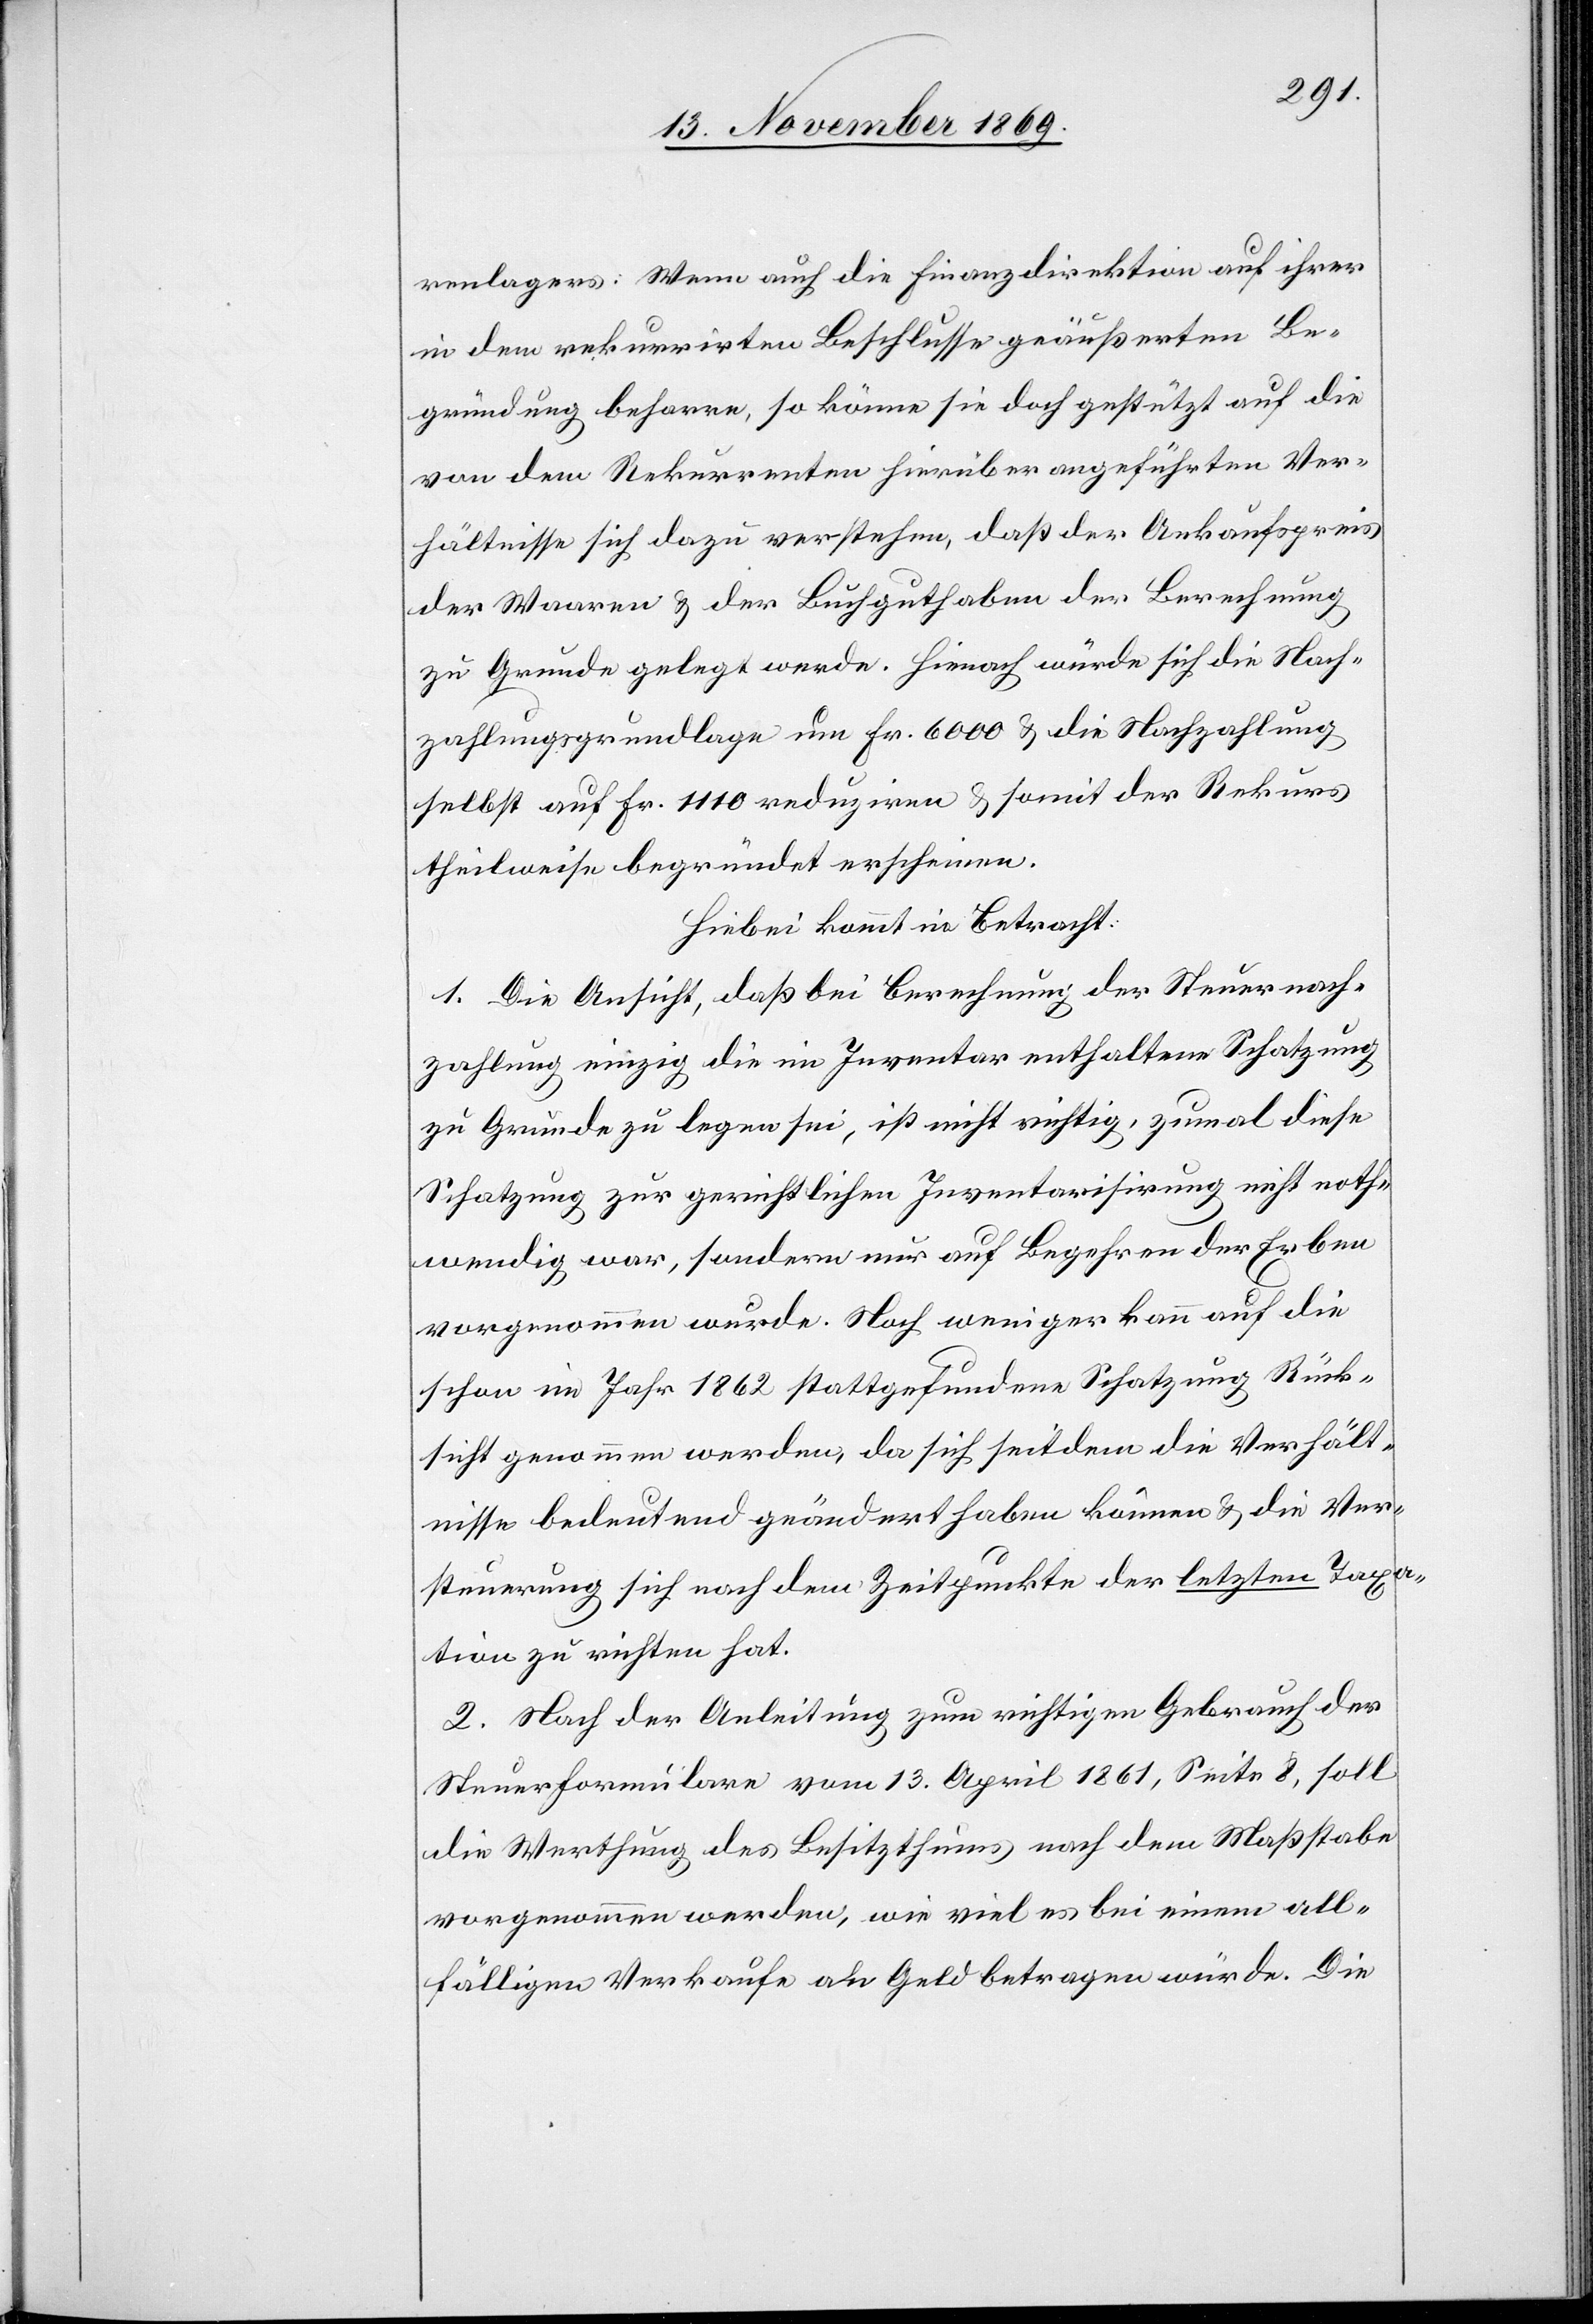
renlagers: Wenn auch die Finanzdirektion auf ihrer
in dem rekurrirten Beschlusse geäußerten Be¬
gründung beharre, so könne sie doch gestützt auf die
von dem Rekurrenten hierüber angeführten Ver¬
hältnisse sich dazu verstehen, daß der Ankaufspreis
der Waaren & der Buchguthaben der Berechnung
zu Grunde gelegt werde. Hienach würde sich die Nach¬
zahlungsgrundlage um Fr. 6000 & die Nachzahlung
selbst auf Fr. 1110 reduziren & somit der Rekurs
theilweise begründet erscheinen.
Hiebei kommt in Betracht:
1. Die Ansicht, daß bei Berechnung der Steuernach¬
zahlung einzig die im Inventar enthaltene Schatzung
zu Grunde zu legen sei, ist nicht richtig, zumal diese
Schatzung zur gerichtlichen Inventarisirung nicht noth¬
wendig war, sondern nur auf Begehren der Erben
vorgenommen wurde. Noch weniger kann auf die
schon im Jahr 1862 stattgefundene Schatzung Rück¬
sicht genommen werden, da sich seitdem die Verhält¬
nisse bedeutend geändert haben können & die Ver¬
steuerung sich nach dem Zeitpunkte der letzten Taxa¬
tion zu richten hat.
2. Nach der Anleitung zum richtigen Gebrauch der
Steuerformulare vom 13. April 1861, Seite 8, soll
die Werthung des Besitzthums nach dem Maßstabe
vorgenommen werden, wie viel es bei einem all¬
fälligen Verkaufe an Geld betragen würde. Die